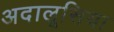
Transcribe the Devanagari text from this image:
अदालूसिया